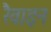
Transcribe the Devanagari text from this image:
रैवाइन